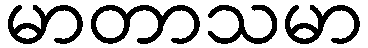
မာတာသမာ